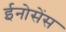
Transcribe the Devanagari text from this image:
ईनोसेंस